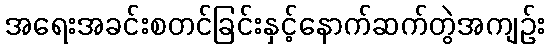
အရေးအခင်းစတင်ခြင်းနှင့်နောက်ဆက်တွဲအကျဉ်း